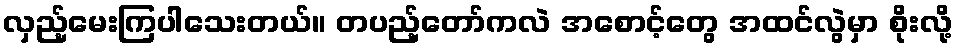
လှည့်မေးကြပါသေးတယ်။ တပည့်တော်ကလဲ အစောင့်တွေ အထင်လွဲမှာ စိုးလို့